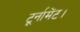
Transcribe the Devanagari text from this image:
टूर्नामेंट।